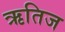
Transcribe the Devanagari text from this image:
ऋतिज